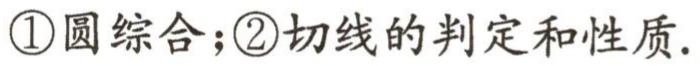
\textcircled{1}圆综合；\textcircled{2}切线的判定和性质.